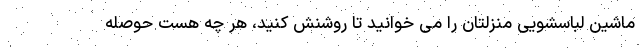
ماشین لباسشویی منزلتان را می خوانید تا روشنش کنید، هر چه هست حوصله